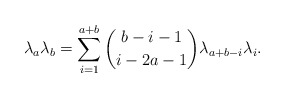
\begin{align*}\lambda_a\lambda_{b} = \sum_{i=1}^{a+b}\binom{b-i-1}{i-2a-1}\lambda_{a+b-i}\lambda_i. \end{align*}